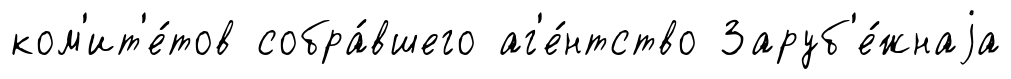
ком'ит'е́тов собра́вшего аг'е́нтство Заруб'е́жнаjа